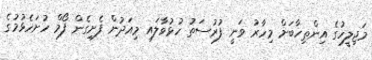
މަޖިލީހުގެ އިންތިހާބަށް މިހާރު ވަނީ ފުރުސަތު ހުޅުވާލައި މިއަދުން ފެށިގެން ފޯމް ހުށަހެޅުމުގެ